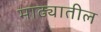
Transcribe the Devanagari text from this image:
माढ्यातील